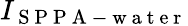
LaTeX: I_{\mathrm{~S~P~P~A~-~w~a~t~e~r~}}